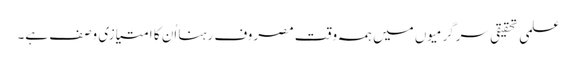
علمی تحقیقی سرگرمیوں میں ہمہ وقت مصروف رہنا اُن کا امتیازی وصف ہے۔